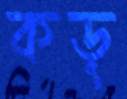
কড়্